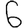
Digit: 6